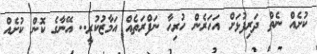
ކުށެއް ނެތް ދަރިފުޅަށް އަހަރެން ހުރިހާ ނަފްރަތެއް އަމާޒުކުރީ.. އޭނާގެ ކޮން ކުށެއް